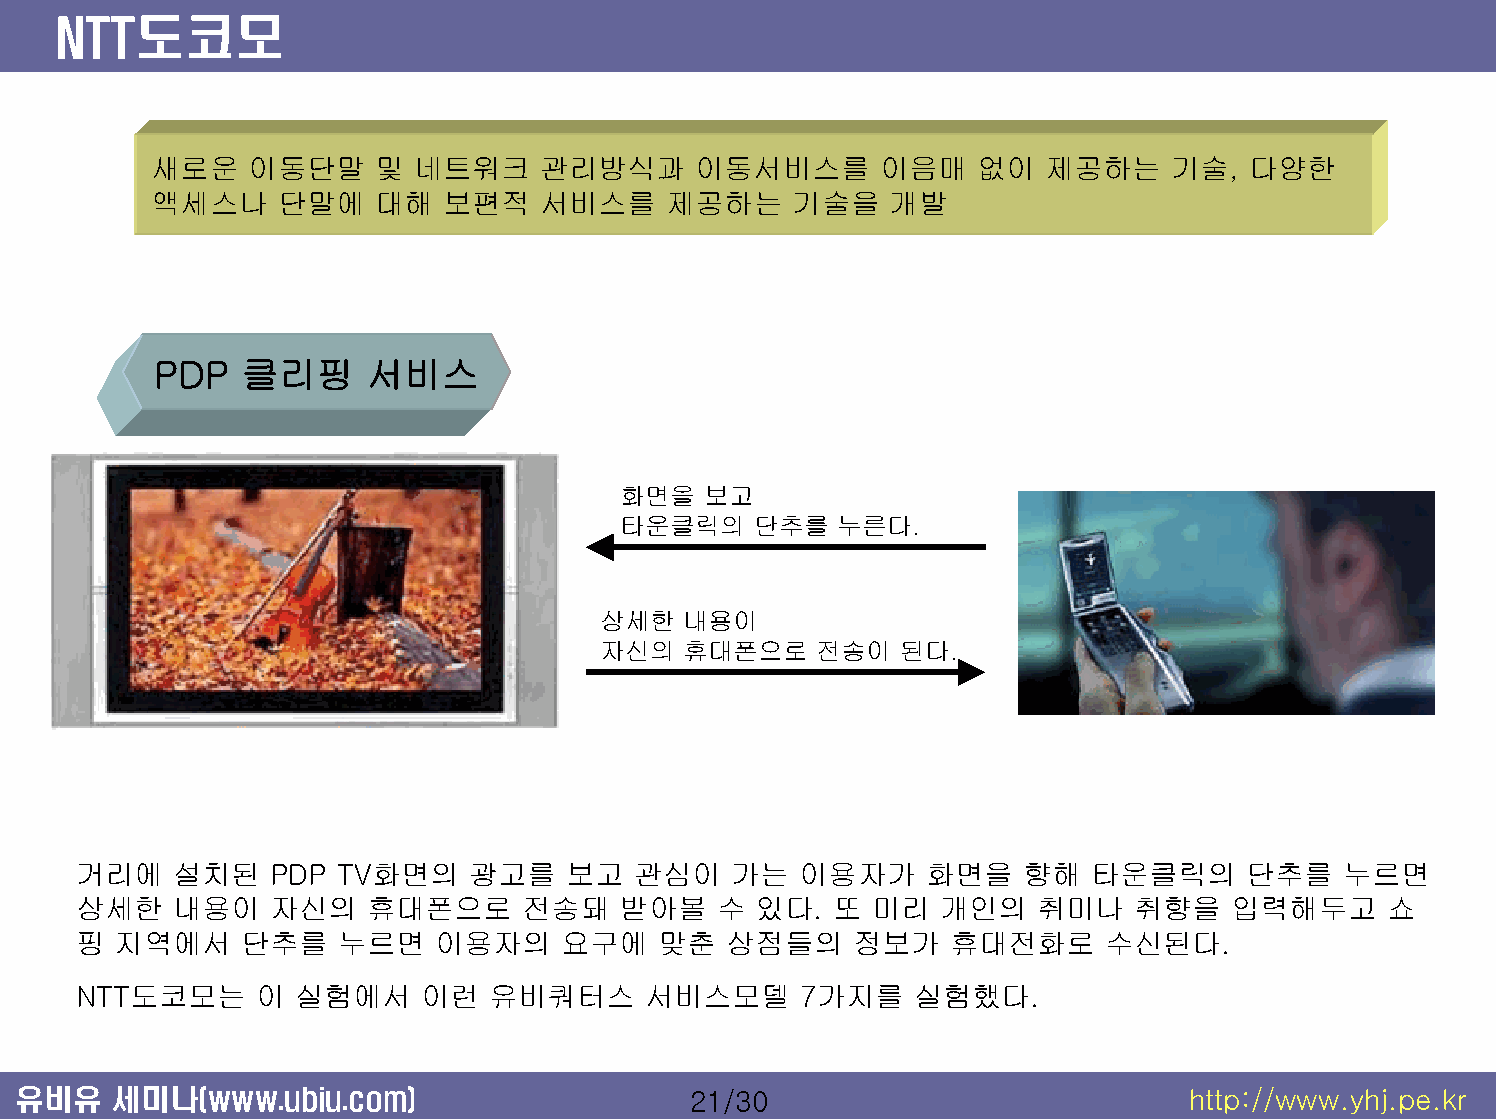
NTT도코모
 새로운   이동단말    및  네트워크    관리방식과      이동서비스를      이음매   없이   제공하는    기술,  다양한
 액세스나    단말에   대해   보편적   서비스를     제공하는    기술을   개발
 PDP   클리핑     서비스
 화면을  보고
 타운클릭의   단추를   누른다.
 상세한   내용이
 자신의   휴대폰으로    전송이  된다.
 거리에   설치된   PDP  TV화면의    광고를   보고   관심이   가는  이용자가     화면을   향해   타운클릭의     단추를   누르면
 상세한   내용이   자신의    휴대폰으로     전송돼    받아볼   수  있다.  또 미리   개인의   취미나    취향을   입력해두고     쇼
 핑 지역에서    단추를    누르면   이용자의     요구에   맞춘   상점들의    정보가   휴대전화로      수신된다.
 NTT도코모는     이 실험에서    이런   유비쿼터스     서비스모델      7가지를   실험했다.
 유비유   세미나(www.ubiu.com)                     21/30                            http://www.yhj.pe.kr